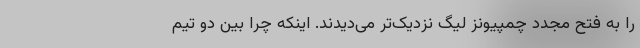
را به فتح مجدد چمپیونز لیگ نزدیک‌تر می‌دیدند. اینکه چرا بین دو تیم